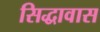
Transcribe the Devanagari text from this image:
सिद्धावास